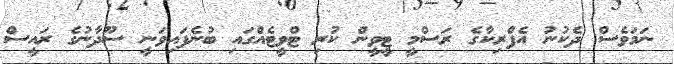
ނަމަވެސް ދެކުނު އެފްރިކާގެ ރަސްމީ ޓީވީން ކުރި ޓްވީޓެއްގައި ބުނެފައިވަނީ ސޫދާނުގެ ރައީސް